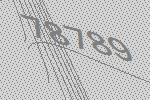
78789